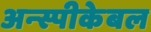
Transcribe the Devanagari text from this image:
अन्स्पीकेबल